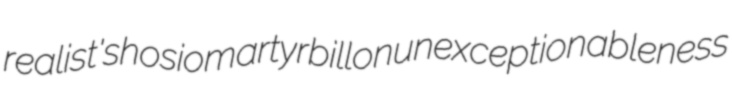
realist's hosiomartyr billon unexceptionableness